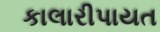
કાલારીપાયત